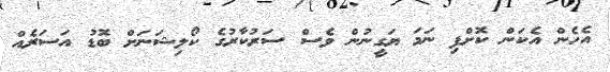
އެހެން އެކަން ކޮށްފި ނަމަ ޔަގީނުން ވެސް ސަރުކާރުގެ ކޯލިޝަނަށް ބޮޑު އަސަރެއް